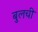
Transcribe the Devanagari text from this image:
बुलची